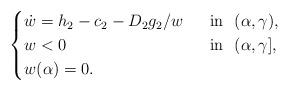
LaTeX: \begin{align*}\begin{cases}\dot{w}=h_2-c_2- D_2g_2/w \ &\mbox{ in } \ (\alpha, \gamma),\\w<0 \ &\mbox{ in } \ (\alpha, \gamma],\\w(\alpha)=0.\end{cases}\end{align*}